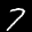
Label: 7